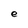
Character: e